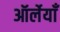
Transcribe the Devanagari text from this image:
ऑर्लेयाँ